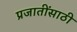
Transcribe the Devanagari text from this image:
प्रजातींसाठी